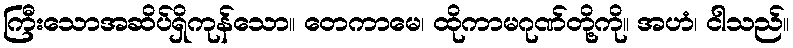
ကြီးသောအဆိပ်ရှိကုန်သော။ တေကာမေ၊ ထိုကာမဂုဏ်တို့ကို။ အဟံ၊ ငါသည်။